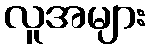
လူအများ